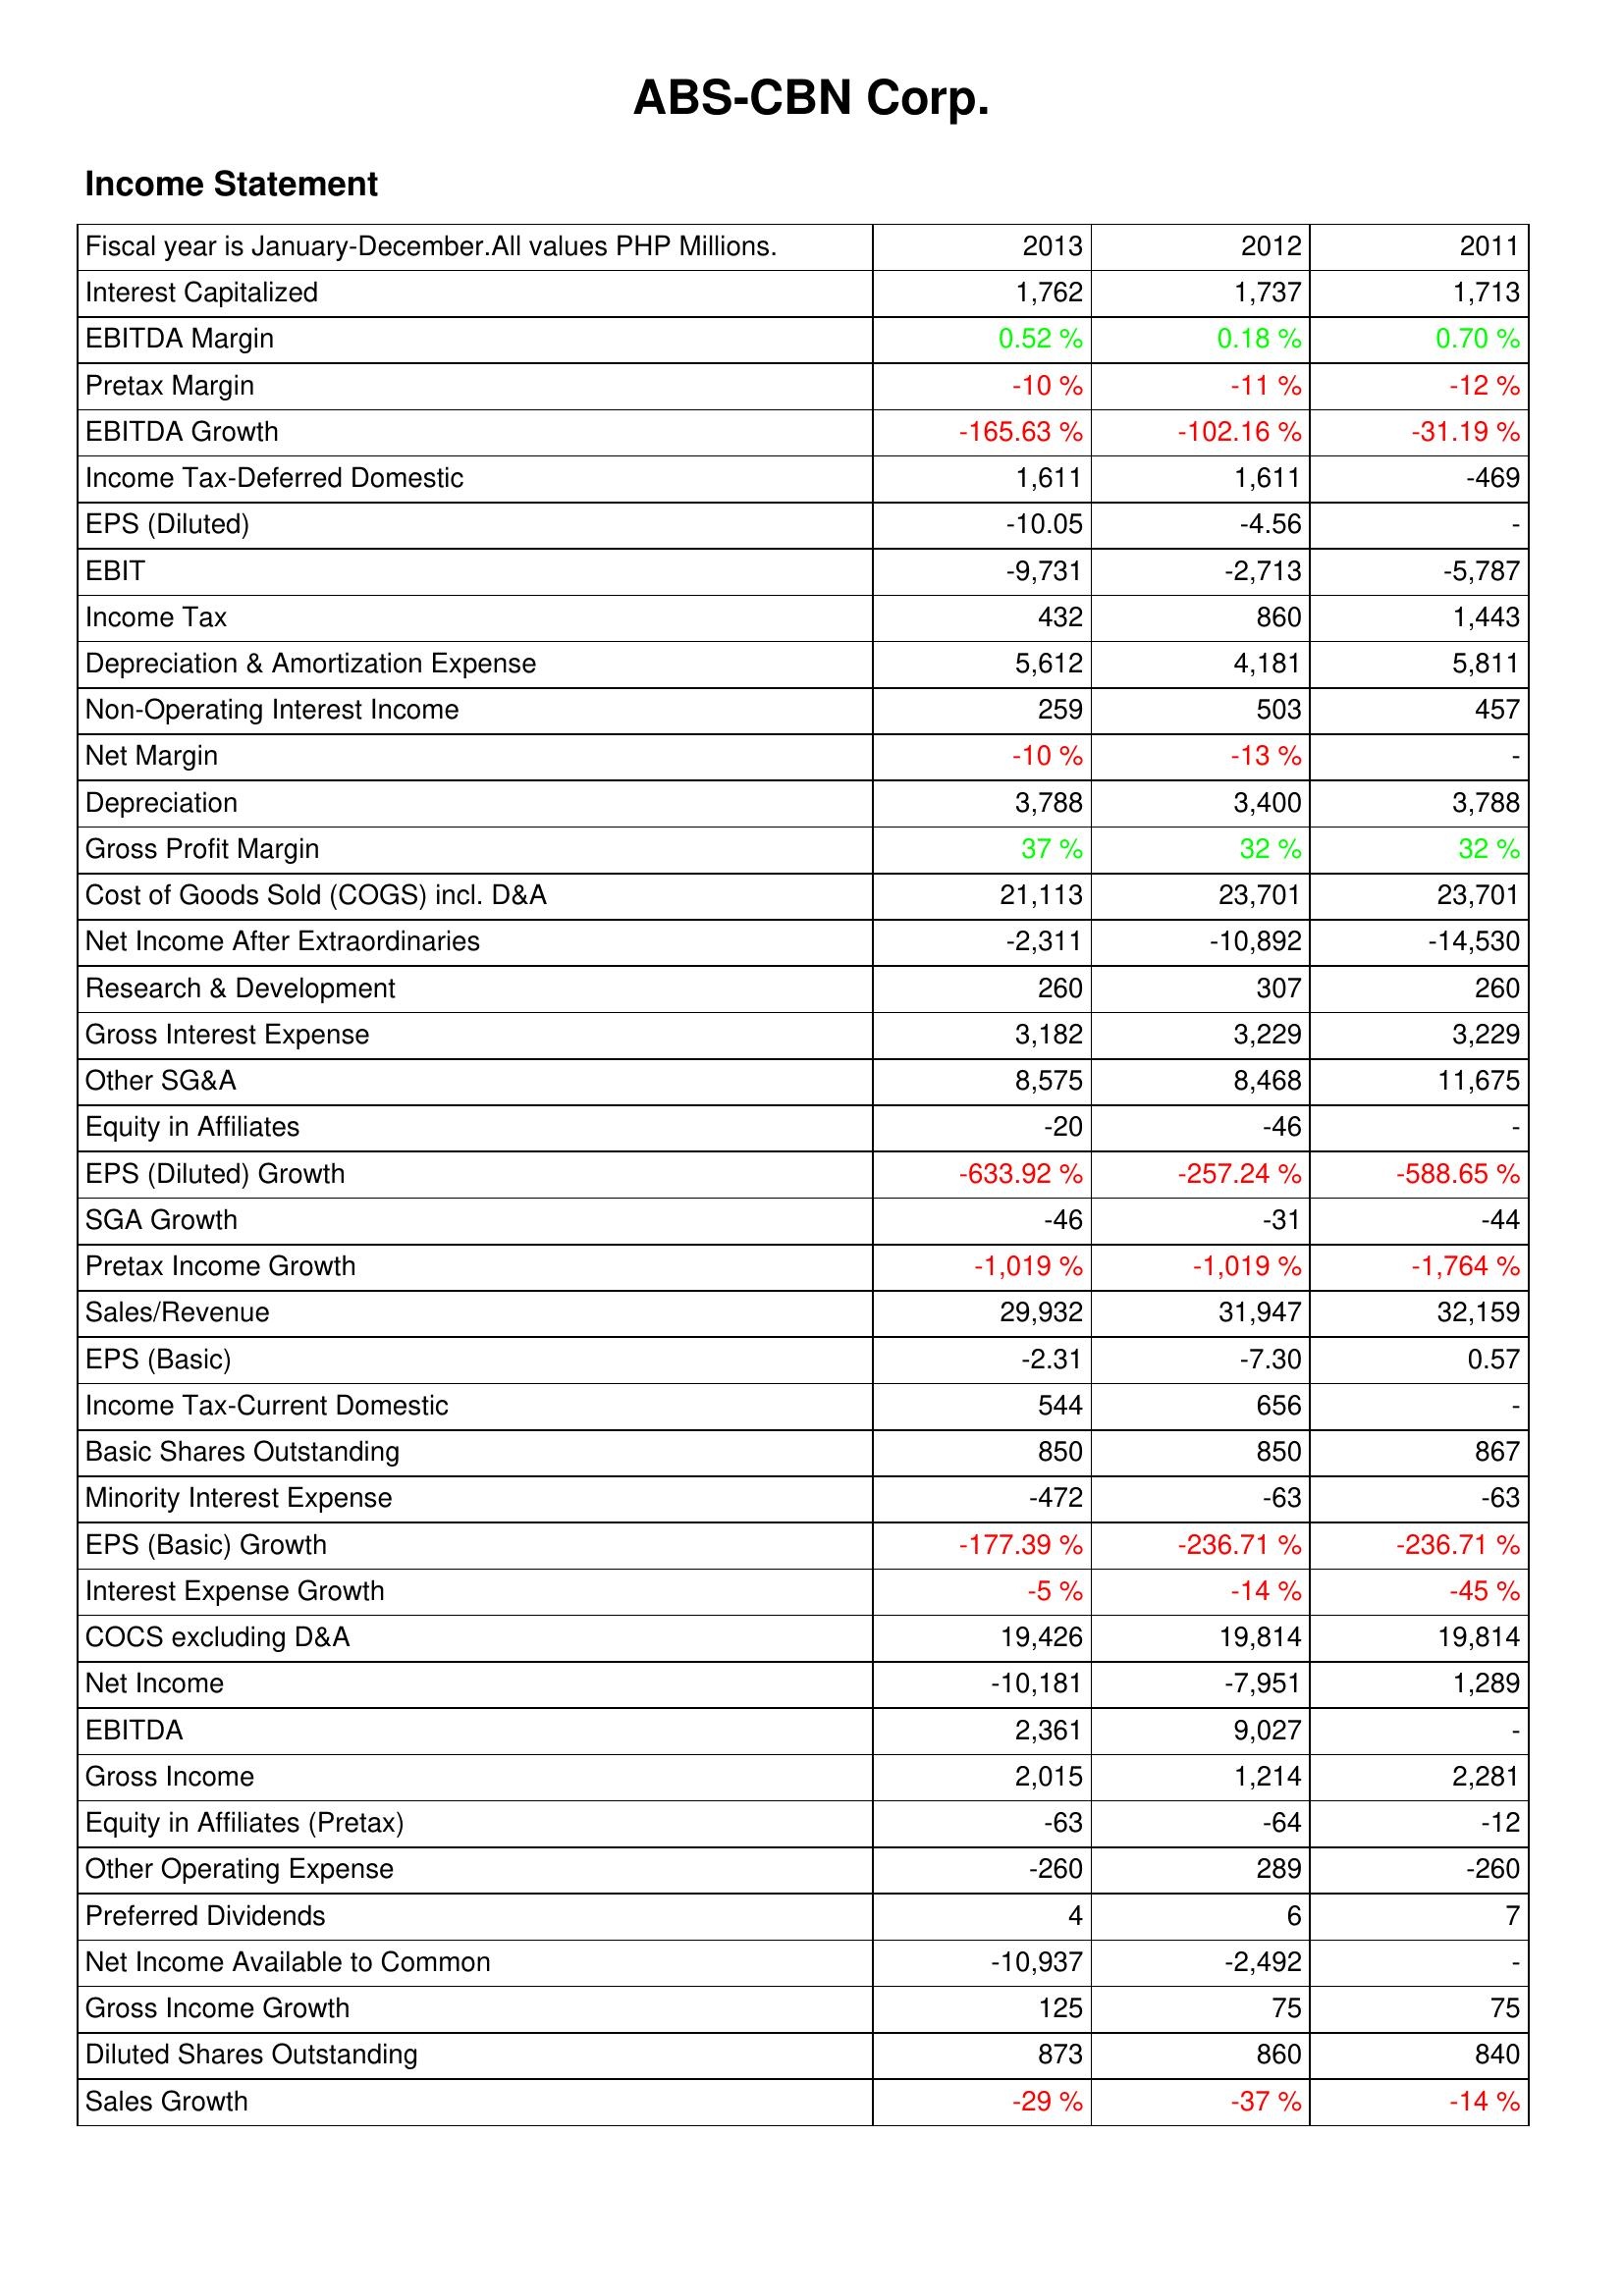
2013: Income Statement: Interest Capitalized: 1,762
EBITDA Margin: 0.52 %
Pretax Margin: -10 %
EBITDA Growth: -165.63 %
Income Tax-Deferred Domestic: 1,611
EPS (Diluted): -10.05
EBIT: -9,731
Income Tax: 432
Depreciation & Amortization Expense: 5,612
Non-Operating Interest Income: 259
Net Margin: -10 %
Depreciation: 3,788
Gross Profit Margin: 37 %
Cost of Goods Sold (COGS) incl. D&A: 21,113
Net Income After Extraordinaries: -2,311
Research & Development: 260
Gross Interest Expense: 3,182
Other SG&A: 8,575
Equity in Affiliates: -20
EPS (Diluted) Growth: -633.92 %
SGA Growth: -46
Pretax Income Growth: -1,019 %
Sales/Revenue: 29,932
EPS (Basic): -2.31
Income Tax-Current Domestic: 544
Basic Shares Outstanding: 850
Minority Interest Expense: -472
EPS (Basic) Growth: -177.39 %
Interest Expense Growth: -5 %
COCS excluding D&A: 19,426
Net Income: -10,181
EBITDA: 2,361
Gross Income: 2,015
Equity in Affiliates (Pretax): -63
Other Operating Expense: -260
Preferred Dividends: 4
Net Income Available to Common: -10,937
Gross Income Growth: 125
Diluted Shares Outstanding: 873
Sales Growth: -29 %
2012: Income Statement: Interest Capitalized: 1,737
EBITDA Margin: 0.18 %
Pretax Margin: -11 %
EBITDA Growth: -102.16 %
Income Tax-Deferred Domestic: 1,611
EPS (Diluted): -4.56
EBIT: -2,713
Income Tax: 860
Depreciation & Amortization Expense: 4,181
Non-Operating Interest Income: 503
Net Margin: -13 %
Depreciation: 3,400
Gross Profit Margin: 32 %
Cost of Goods Sold (COGS) incl. D&A: 23,701
Net Income After Extraordinaries: -10,892
Research & Development: 307
Gross Interest Expense: 3,229
Other SG&A: 8,468
Equity in Affiliates: -46
EPS (Diluted) Growth: -257.24 %
SGA Growth: -31
Pretax Income Growth: -1,019 %
Sales/Revenue: 31,947
EPS (Basic): -7.30
Income Tax-Current Domestic: 656
Basic Shares Outstanding: 850
Minority Interest Expense: -63
EPS (Basic) Growth: -236.71 %
Interest Expense Growth: -14 %
COCS excluding D&A: 19,814
Net Income: -7,951
EBITDA: 9,027
Gross Income: 1,214
Equity in Affiliates (Pretax): -64
Other Operating Expense: 289
Preferred Dividends: 6
Net Income Available to Common: -2,492
Gross Income Growth: 75
Diluted Shares Outstanding: 860
Sales Growth: -37 %
2011: Income Statement: Interest Capitalized: 1,713
EBITDA Margin: 0.70 %
Pretax Margin: -12 %
EBITDA Growth: -31.19 %
Income Tax-Deferred Domestic: -469
EPS (Diluted): -
EBIT: -5,787
Income Tax: 1,443
Depreciation & Amortization Expense: 5,811
Non-Operating Interest Income: 457
Net Margin: -
Depreciation: 3,788
Gross Profit Margin: 32 %
Cost of Goods Sold (COGS) incl. D&A: 23,701
Net Income After Extraordinaries: -14,530
Research & Development: 260
Gross Interest Expense: 3,229
Other SG&A: 11,675
Equity in Affiliates: -
EPS (Diluted) Growth: -588.65 %
SGA Growth: -44
Pretax Income Growth: -1,764 %
Sales/Revenue: 32,159
EPS (Basic): 0.57
Income Tax-Current Domestic: -
Basic Shares Outstanding: 867
Minority Interest Expense: -63
EPS (Basic) Growth: -236.71 %
Interest Expense Growth: -45 %
COCS excluding D&A: 19,814
Net Income: 1,289
EBITDA: -
Gross Income: 2,281
Equity in Affiliates (Pretax): -12
Other Operating Expense: -260
Preferred Dividends: 7
Net Income Available to Common: -
Gross Income Growth: 75
Diluted Shares Outstanding: 840
Sales Growth: -14 %